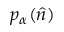
p _ { \alpha } ( \hat { n } )